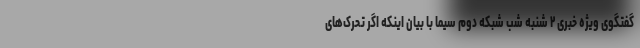
گفتگوی ویژه خبری ۲ شنبه شب شبکه دوم سیما با بیان اینکه اگر تحرک‌های